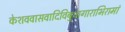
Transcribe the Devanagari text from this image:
केशववासवादिविबुधागाराभिरामां